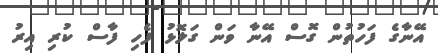
އޭނާގެ ފަހުތުން ގޮސް އޭނާ ވަން ގަލޮޅު ފެހި ފާސް ކުރި އިރު